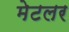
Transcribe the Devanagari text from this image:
मेटलर